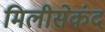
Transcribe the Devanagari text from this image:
मिलीसेकंद